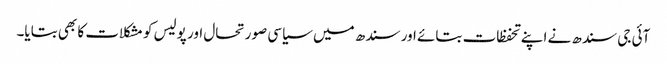
آئی جی سندھ نے اپنے تحفظات بتائے اور سندھ میں سیاسی صورتحال اور پولیس کو مشکلات کا بھی بتایا۔